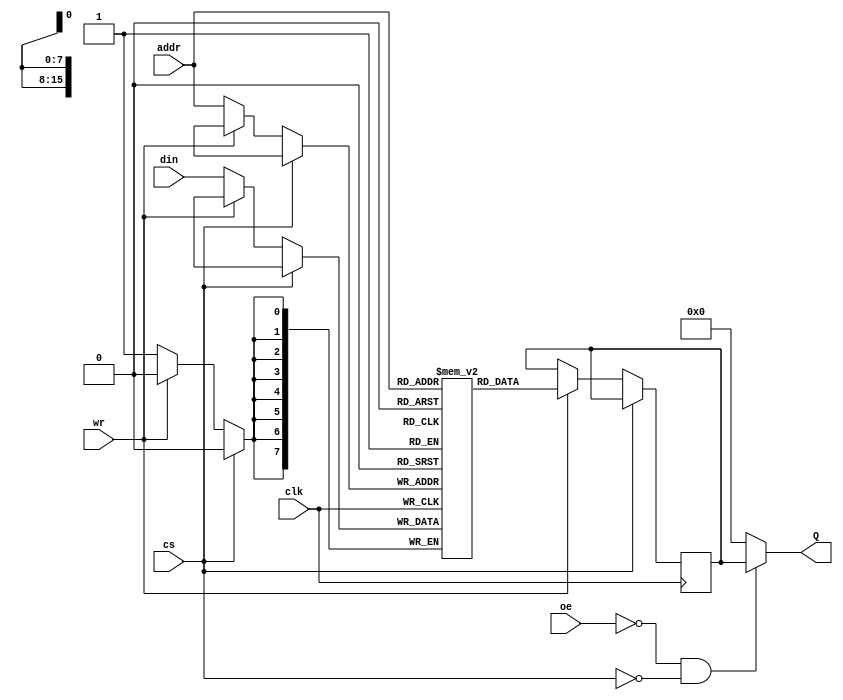
module ram
#(
  parameter addr_width=16,
  parameter data_width=8
)
(
  input clk,
  input [data_width-1:0] din,
  input [addr_width-1:0] addr,
  input cs,
  input oe,
  input wr,
  output [data_width-1:0] Q
);

assign Q = ~oe & ~cs ? dout : {data_width{1'b0}};

reg [data_width-1:0] memory[(1<<addr_width)-1:0];
reg [data_width-1:0] dout;

always @(posedge clk) begin
  if (~cs) begin
    if (~wr) memory[addr] <= din;
    else dout <= memory[addr];
  end
end

endmodule